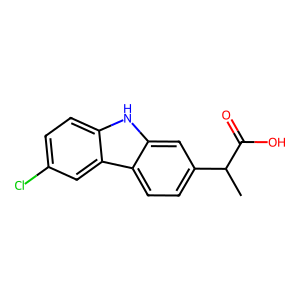
SMILES: CC(C(=O)O)c1ccc2c(c1)[nH]c1ccc(Cl)cc12
Inhibits HIV replication: No